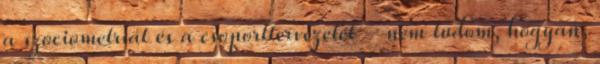
a szociometriát és a csoporttervezetet - nem tudom, hogyan,